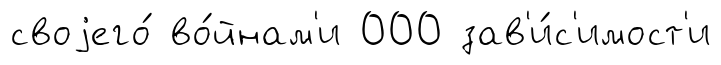
своjего́ во́йнам'и 000 зав'и́с'имост'и